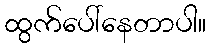
ထွက်ပေါ်နေတာပါ။